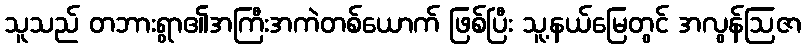
သူသည် တဘားရွာ၏အကြီးအကဲတစ်ယောက် ဖြစ်ပြီး သူ့နယ်မြေတွင် အလွန်ဩဇာ